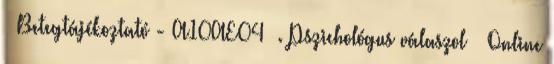
– Betegtájékoztató - A10AE04 –. Pszichológus válaszol – Online